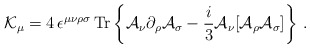
\begin{align*}{\cal K}_{\mu}=4\,\epsilon^{\mu\nu\rho\sigma}\,{\rm Tr}\left\{{\cal A}_\nu \partial_\rho {\cal A}_\sigma -\frac{i}{3} {\cal A}_\nu [{\cal A}_\rho{\cal A}_\sigma ]\right\}\,.\end{align*}